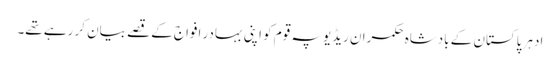
ادہر پاکستان کے بادشاہ حکمران ریڈیو پہ قوم کو اپنی بہادر افواج کے قصے بیان کر رہے تھے۔